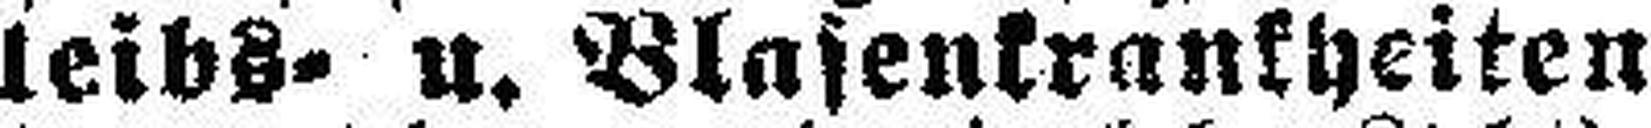
leibs- u. Blasenkrankheiten